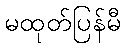
မထုတ်ပြန်မီ